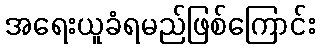
အရေးယူခံရမည်ဖြစ်ကြောင်း